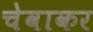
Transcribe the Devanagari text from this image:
चेवाकर